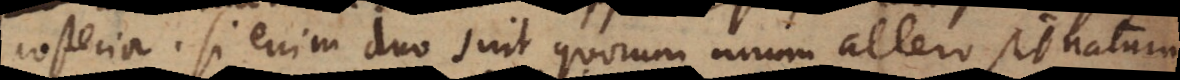
posterior. Si enim duo sint quorum unum altero